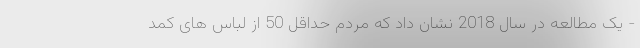
- یک مطالعه در سال 2018 نشان داد که مردم حداقل 50 از لباس های کمد